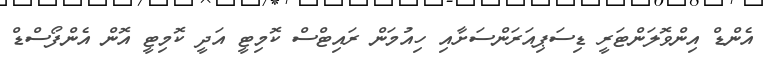
އެންޑް އިންވޮލަންޓަރީ ޑިސަޕިއަރަންސަށާއި ހިއުމަން ރައިޓްސް ކޮމިޓީ އަދީ ކޮމިޓީ އޮން އެންފޯސްޑް